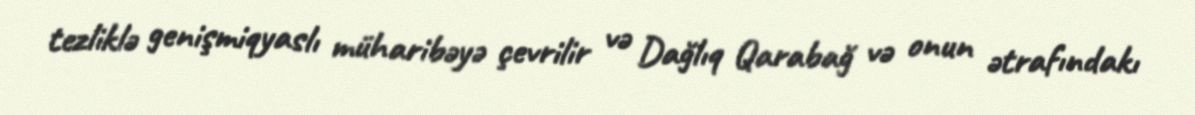
tezliklə genişmiqyaslı müharibəyə çevrilir və Dağlıq Qarabağ və onun ətrafındakı